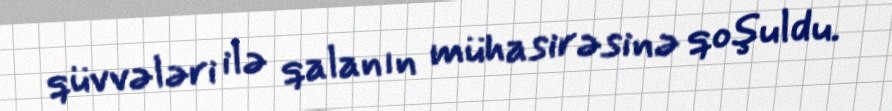
qüvvələri ilə qalanın mühasirəsinə qoşuldu.